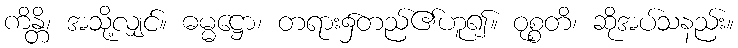
ကိန္တိ၊ အသို့လျှင်။ ဓမ္မဋ္ဌော၊ တရား၌တည်၏ဟူ၍။ ဝုစ္စတိ၊ ဆိုအပ်သနည်း။